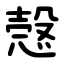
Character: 愨